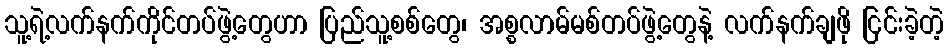
သူ့ရဲ့လက်နက်ကိုင်တပ်ဖွဲ့တွေဟာ ပြည်သူ့စစ်တွေ၊ အစ္စလာမ်မစ်တပ်ဖွဲ့တွေနဲ့ လက်နက်ချဖို ငြင်းခဲ့တဲ့